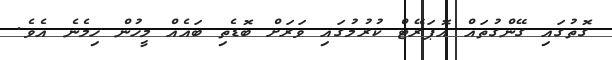
ގޮތުގައި ގޭންގުތައް އޮޕަރޭޓް ކުރުމުގައި ވަރަށް ބޮޑެތި ބައެއް މީހުން ހިމެނެ އެވެ.